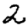
Digit: 2